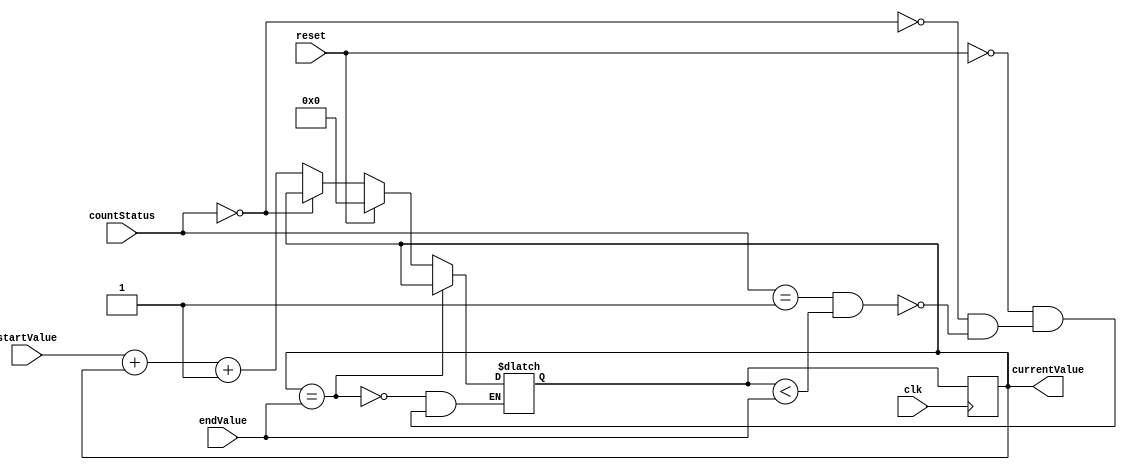
`timescale 1ns / 1ps
//////////////////////////////////////////////////////////////////////////////////
// Company: 
// Engineer: 
// 
// Design Name: 
// Module Name:    incrementToValue 
// Project Name: 
// Target Devices: 
// Tool versions: 
// Description: 
//
// Dependencies: 
//
// Revision: 
// Revision 0.01 - File Created
// Additional Comments: 
//
//////////////////////////////////////////////////////////////////////////////////
//input RST, taken out.

module incrementToValue(
    input [6:0] startValue,
    input [6:0] endValue,
    input [1:0] countStatus,
	 input reset,
	 input clk,
    output reg [6:0] currentValue = 0
	 );

	
	//Registers used inside of counter.
	reg [6:0] nextCurrentValue;

	initial
		begin
			nextCurrentValue = 0;
		end
	
	always@(posedge clk) //changed from clk to CLK.
		begin
			currentValue <= nextCurrentValue;
		end
	
	always@(startValue, endValue, countStatus, reset, currentValue) //RST,
		begin
			
			if((countStatus == 1) && (nextCurrentValue < endValue)) //changed from !=.
			nextCurrentValue = startValue + currentValue + 7'd1;
			
			if(countStatus == 0)
			nextCurrentValue = currentValue; //Was set to nextCurrentValue
			
			if(reset == 1)
			nextCurrentValue = 0;
			
			if(currentValue == endValue)
			nextCurrentValue = currentValue; //Was set to nextCurrentValue
			
		end
	
endmodule